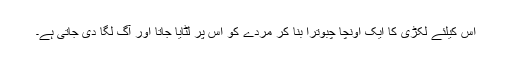
اس کیلئے لکڑی کا ایک اونچا چبوترا بنا کر مردے کو اس پر لٹایا جاتا اور آگ لگا دی جاتی ہے۔